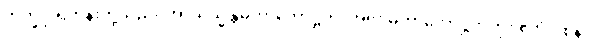
ဘိက္ခူ၊ ရဟန်းတို့သည်။ အာယသ္မန္တံမဟာကောဋ္ဌိကံ၊ အရှင်မဟာကောဋ္ဌိကကို။ ဧတံ ဝစနံ၊